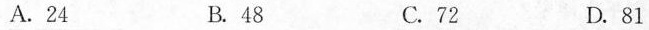
A.24 B.48 C.72 D.81